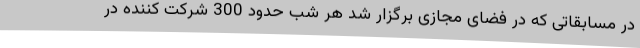
در مسابقاتی که در فضای مجازی برگزار شد هر شب حدود 300 شرکت کننده در